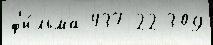
ф'и́льма 437 22 309